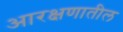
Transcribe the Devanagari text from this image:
आरक्षणातील